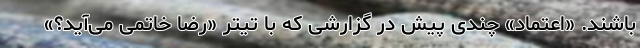
باشند. «اعتماد» چندی پیش در گزارشی که با تیتر «رضا خاتمی می‌آید؟»